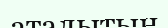
аталытын